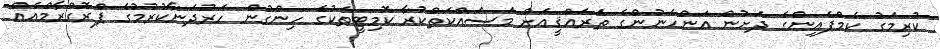
ކުރިމަގު ކެމްޕެއިންގެ ދަށުން އަންހެނުންގެ ތަރައްޤީއަށް މަސައްކަތްކުރާ ކޮމިޓީތަކުގެ ހިންގުން ހަރުދަނާކުރުމުގެ ޕްރޮގްރާމްއެއް